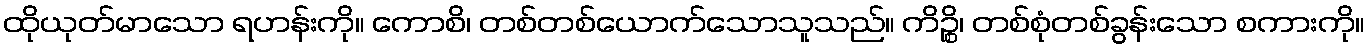
ထိုယုတ်မာသော ရဟန်းကို။ ကောစိ၊ တစ်တစ်ယောက်သောသူသည်။ ကိဉ္စိ၊ တစ်စုံတစ်ခွန်းသော စကားကို။